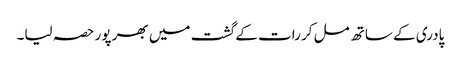
پادری کے ساتھ مل کر رات کے گشت میں بھر پور حصہ لیا۔